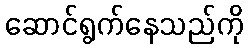
ဆောင်ရွက်နေသည်ကို